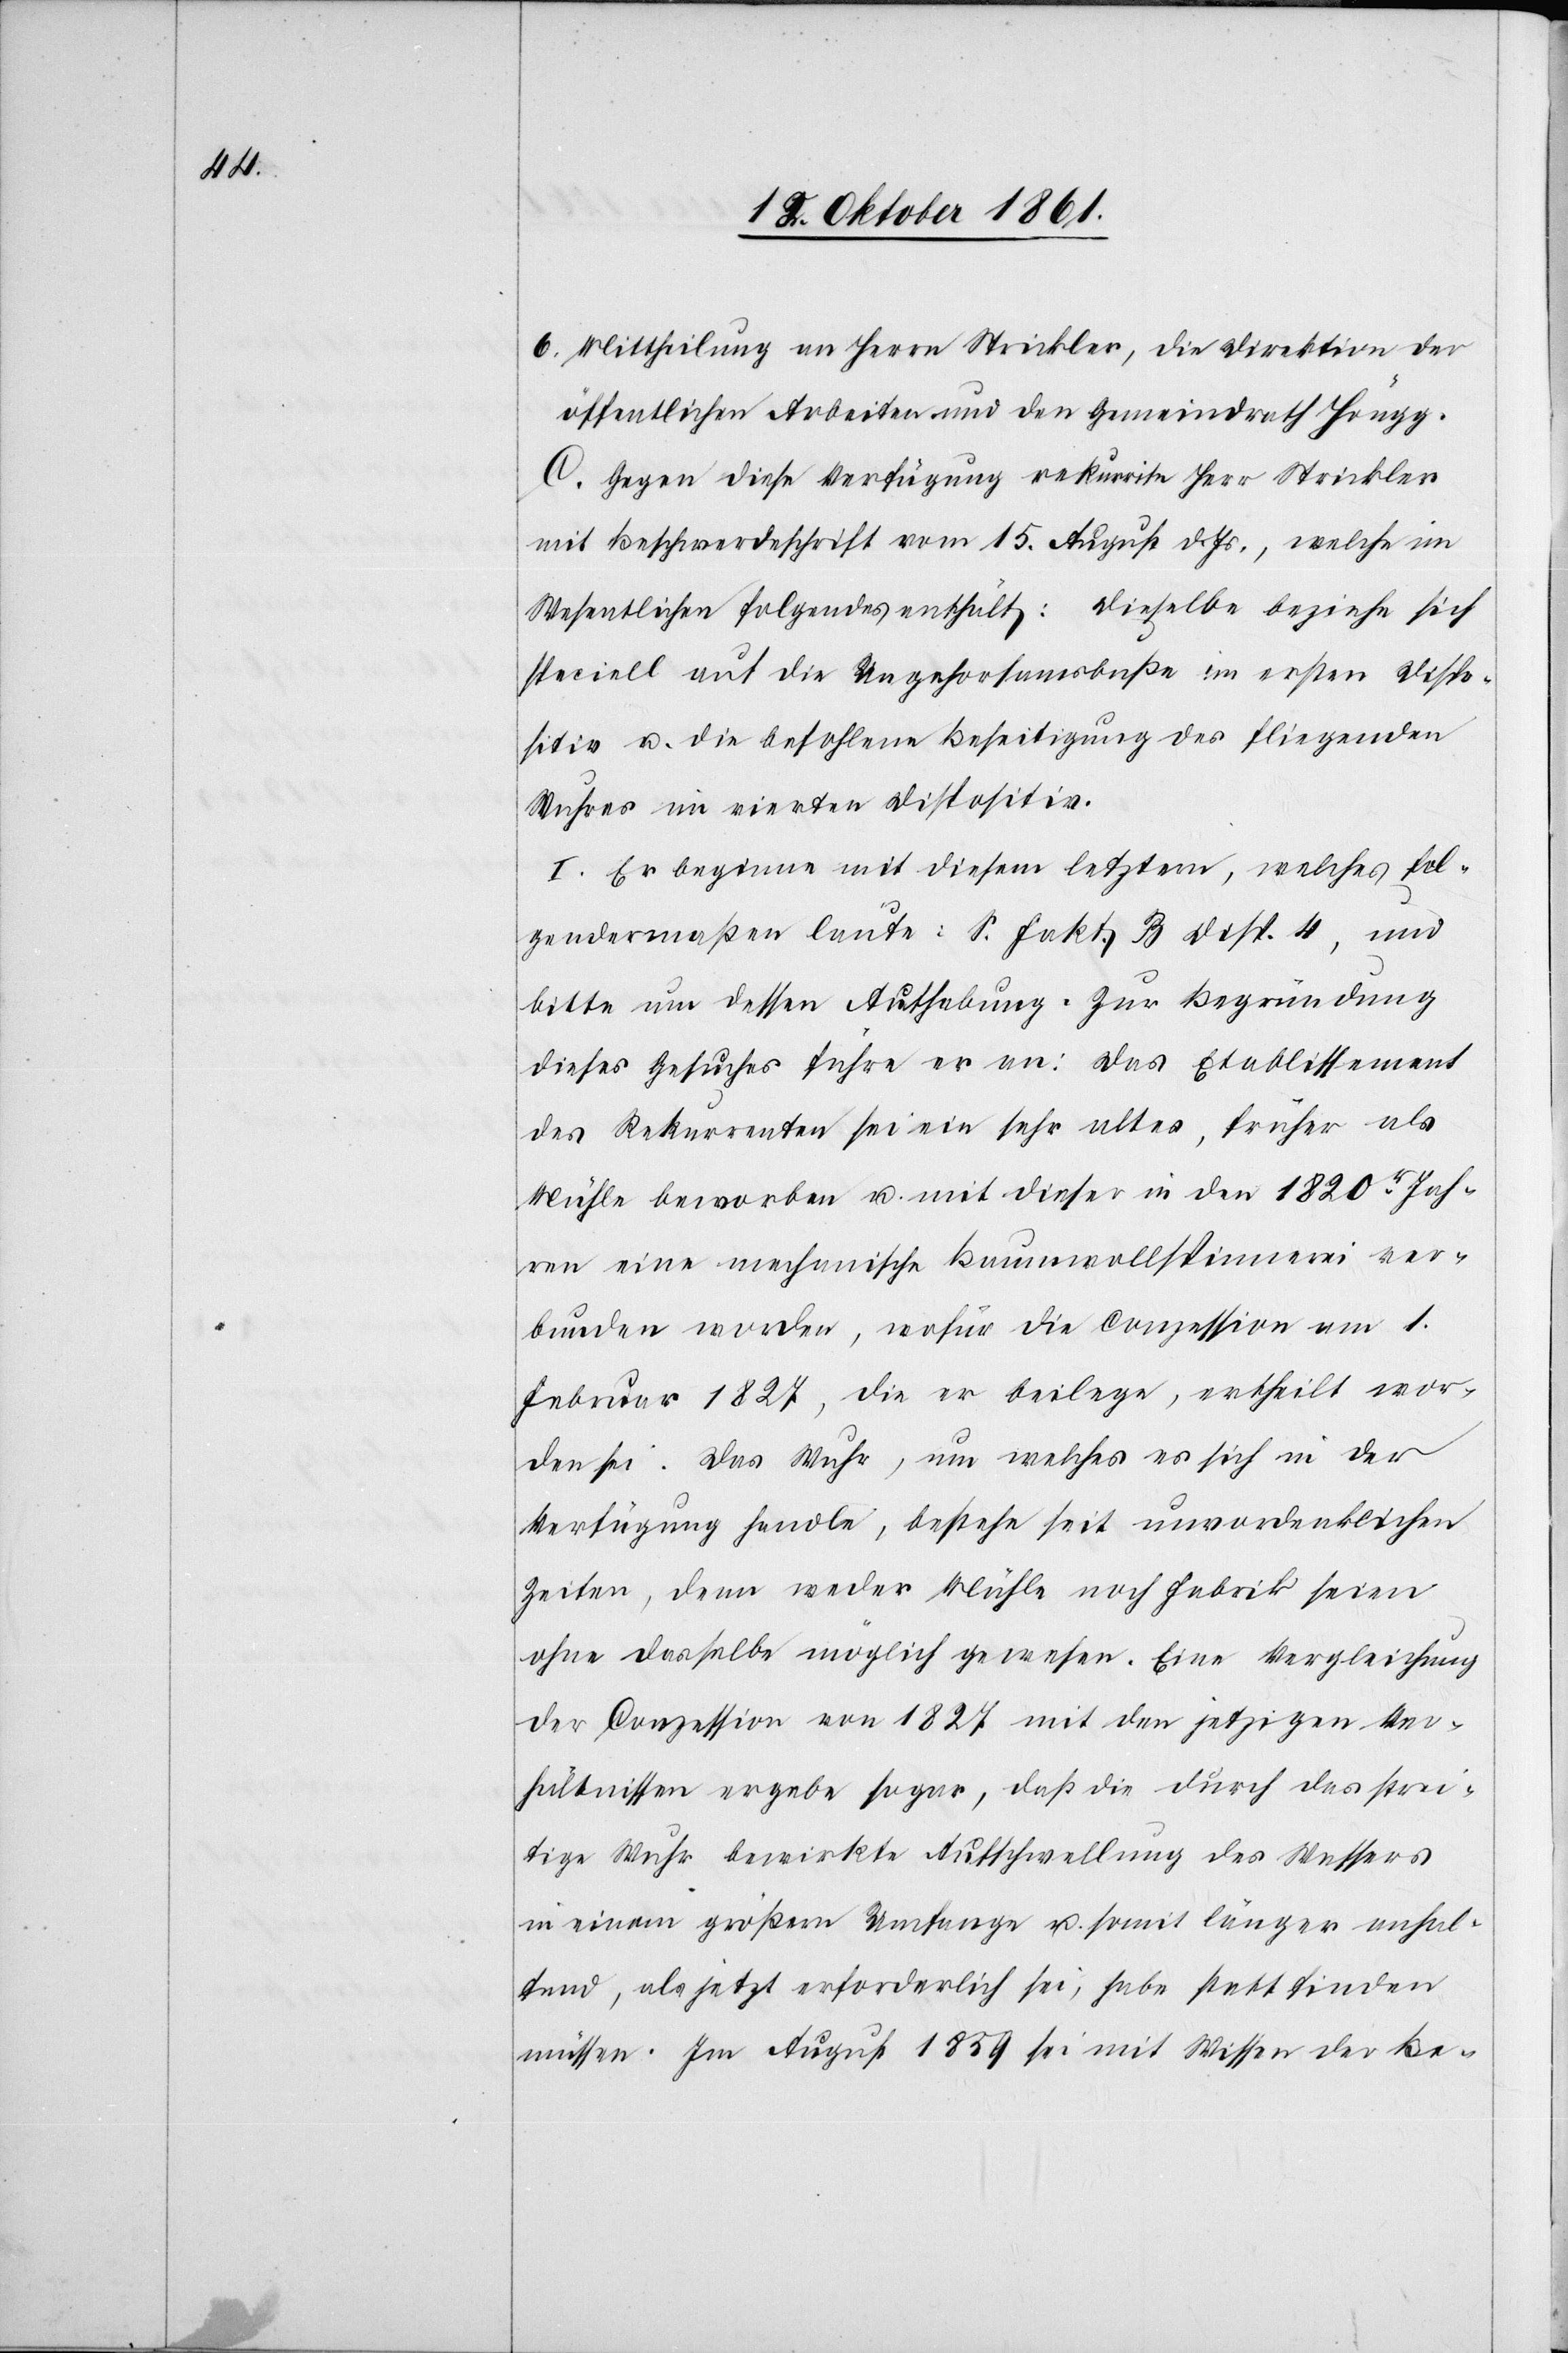
6. Mittheilung an Herrn Strickler, die Direktion der
öffentlichen Arbeiten und den Gemeindrath Höngg.
C. Gegen diese Verfügung rekurrirte Herr Strickler
mit Beschwerdeschrift vom 15 August d. Js., welche im
Wesentlichen folgendes enthält: Dieselbe beziehe sich
speciell auf die Ungehorsamsbuße im ersten Dispo¬
sitiv u. die befohlene Beseitigung des fliegenden
Wuhres im vierten Dispositiv.
I. Er beginne mit diesem letztern, welches fol¬
gendermaßen laute: S. Fakt. B Disp. 4, und
bitte um dessen Aufhebung. Zur Begründung
dieses Gesuches führe er an: Das Etablissement
des Rekurrenten sei ein sehr altes, früher als
Mühle beworben u. mit dieser in den 1820r Jah¬
ren eine mechanische Baumwollspinnerei ver¬
bunden worden, wofür die Conzession am 1
Februar 1824, die er beilege, ertheilt wor¬
den sei. Das Wuhr, um welches es sich in der
Verfügung handle, bestehe seit unvordenklichen
Zeiten, denn weder Mühle noch Fabrik seien
ohne dasselbe möglich gewesen. Eine Vergleichung
der Conzession von 1827 mit den jetzigen Ver¬
hältnissen ergebe sogar, daß die durch das strei¬
tige Wuhr bewirkte Aufschwellung des Wassers
in einem größern Umfange u. somit länger anhal¬
tend, als jetzt erforderlich sei, habe statt finden
müssen. Im August 1839 sei mit Wissen der Be-